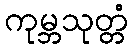
ကုမ္ဘသုတ္တံ